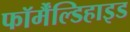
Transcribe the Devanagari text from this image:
फॉर्मैंल्डिहाइड